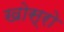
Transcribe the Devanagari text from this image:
खोस्रो